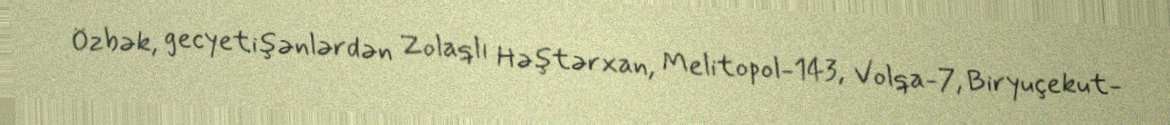
Özbək, gecyetişənlərdən Zolaqlı Həştərxan, Melitopol-143, Volqa-7, Biryuçekut-